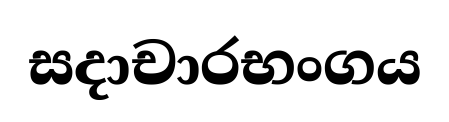
සදාචාරභංගය